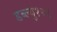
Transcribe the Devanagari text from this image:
डब्ल्यु१२६